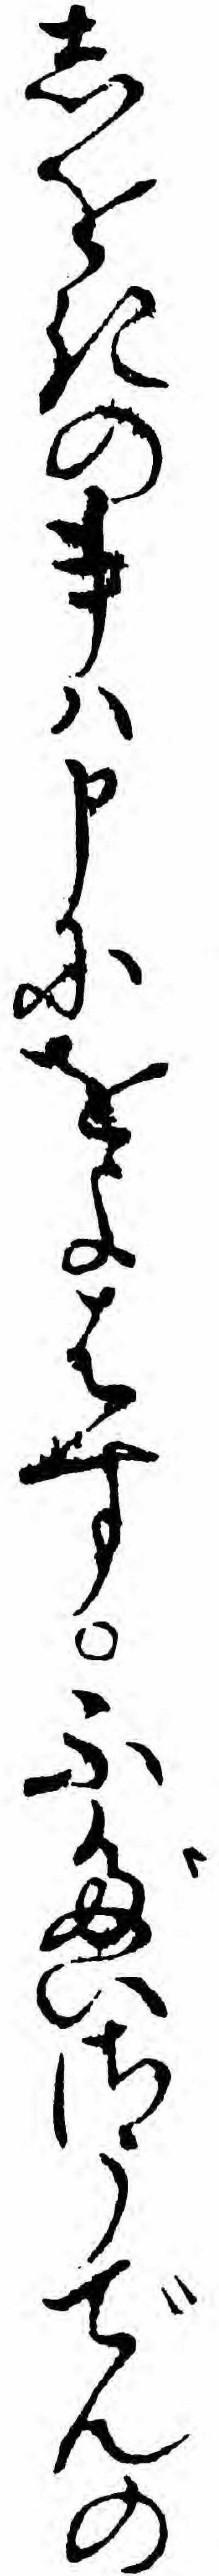
しをきの事ハ申にをよはすふだいさうでんの